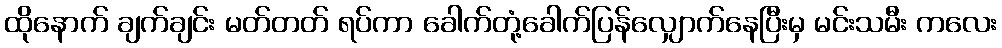
ထိုနောက် ချက်ချင်း မတ်တတ် ရပ်ကာ ခေါက်တုံ့ခေါက်ပြန်လျှောက်နေပြီးမှ မင်းသမီး ကလေး